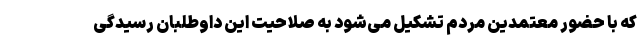
که با حضور معتمدین مردم تشکیل می‌شود به صلاحیت این داوطلبان رسیدگی